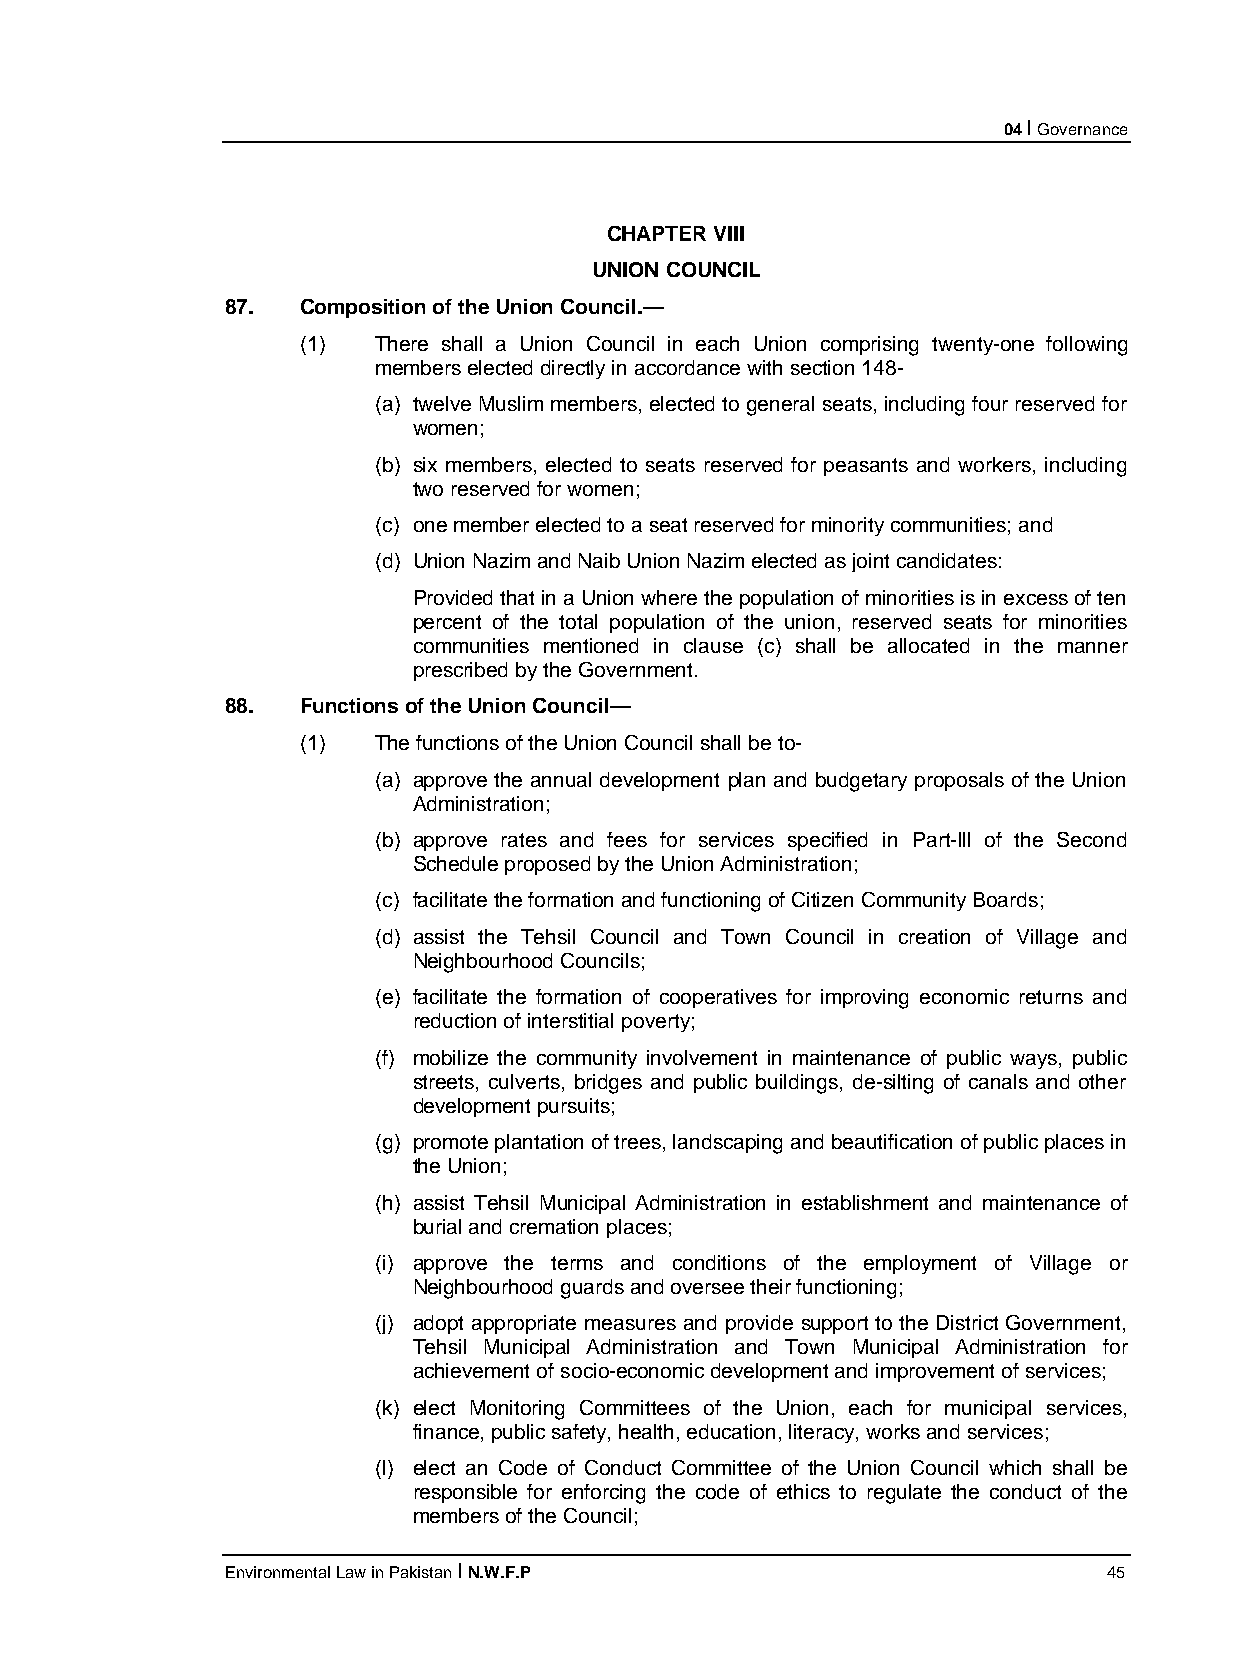
04 I Governance
 CHAPTER VIII
 UNION COUNCIL
 87.  Composition of the Union Council.—
 (1)  There shall a Union Council in each Union comprising twenty-one following
 members elected directly in accordance with section 148-
 (a) twelve Muslim members, elected to general seats, including four reserved for
 women;
 (b) six members, elected to seats reserved for peasants and workers, including
 two reserved for women;
 (c) one member elected to a seat reserved for minority communities; and
 (d) Union Nazim and Naib Union Nazim elected as joint candidates:
 Provided that in a Union where the population of minorities is in excess of ten
 percent of the total population of the union, reserved seats for minorities
 communities mentioned in clause (c) shall be allocated in the manner
 prescribed by the Government.
 88.  Functions of the Union Council—
 (1)  The functions of the Union Council shall be to-
 (a) approve the annual development plan and budgetary proposals of the Union
 Administration;
 (b) approve rates and fees for services specified in Part-Ill of the Second
 Schedule proposed by the Union Administration;
 (c) facilitate the formation and functioning of Citizen Community Boards;
 (d) assist the Tehsil Council and Town Council in creation of Village and
 Neighbourhood Councils;
 (e) facilitate the formation of cooperatives for improving economic returns and
 reduction of interstitial poverty;
 (f) mobilize the community involvement in maintenance of public ways, public
 streets, culverts, bridges and public buildings, de-silting of canals and other
 development pursuits;
 (g) promote plantation of trees, landscaping and beautification of public places in
 the Union;
 (h) assist Tehsil Municipal Administration in establishment and maintenance of
 burial and cremation places;
 (i) approve the terms and conditions of the employment of Village or
 Neighbourhood guards and oversee their functioning;
 (j) adopt appropriate measures and provide support to the District Government,
 Tehsil Municipal Administration and Town Municipal Administration for
 achievement of socio-economic development and improvement of services;
 (k) elect Monitoring Committees of the Union, each for municipal services,
 finance, public safety, health, education, literacy, works and services;
 (l) elect an Code of Conduct Committee of the Union Council which shall be
 responsible for enforcing the code of ethics to regulate the conduct of the
 members of the Council;
 Environmental Law in Pakistan I N.W.F.P                   45